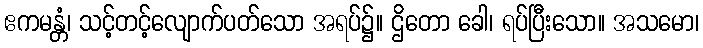
ဧကမန္တံ၊ သင့်တင့်လျောက်ပတ်သော အရပ်၌။ ဌိတော ခေါ၊ ရပ်ပြီးသော။ အသမော၊